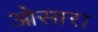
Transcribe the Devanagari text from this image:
ओसारा